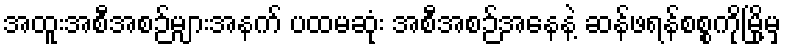
အထူးအစီအစဉ်များအနက် ပထမဆုံး အစီအစဉ်အနေနဲ့ ဆန်ဖရန်စစ္စကိုမြို့မှ